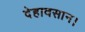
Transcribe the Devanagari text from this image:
देहावसान।